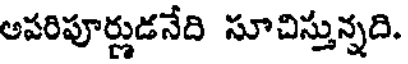
అపరిపూర్ణుడనేది సూచిస్తున్నది.